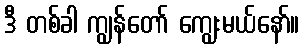
ဒီ တစ်ခါ ကျွန်တော် ကျွေးမယ်နော်။